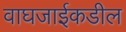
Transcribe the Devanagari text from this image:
वाघजाईकडील